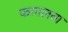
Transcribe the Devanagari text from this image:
फागलवा